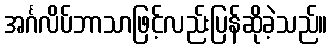
အင်္ဂလိပ်ဘာသာဖြင့်လည်းပြန်ဆိုခဲ့သည်။